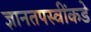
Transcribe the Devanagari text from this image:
ज्ञानतपस्वींकडे